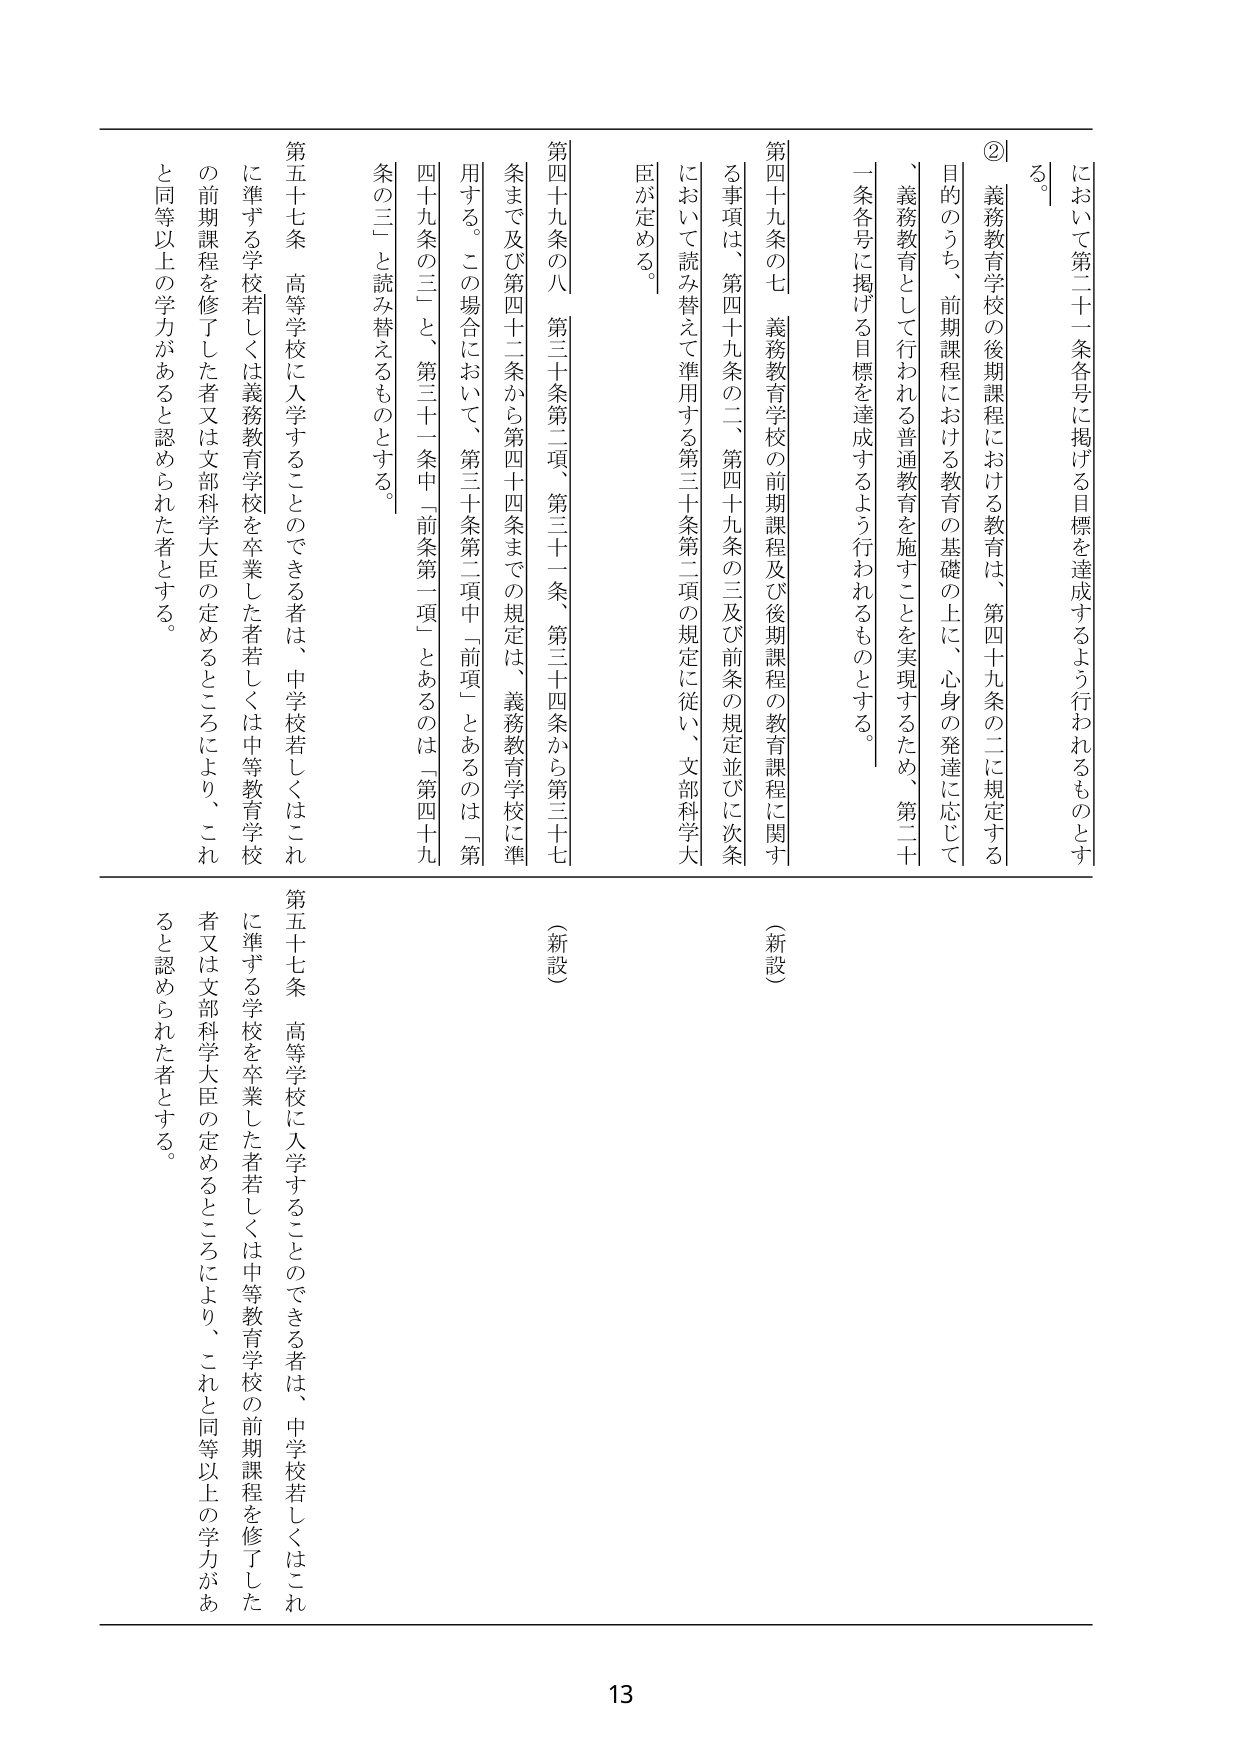
② 義務教育学校の後期課程における教育は、第四十九条の二に規定する目的のうち、前期課程における教育の基礎の上に、心身の発達に応じて、義務教育として行われる普通教育を施すことを実現するため、第二十一条各号に掲げる目標を達成するよう行われるものとする。

第四十九条の七 義務教育学校の前期課程及び後期課程の教育課程に関する事項は、第四十九条の二、第四十九条の三及び前条の規定並びに次条において読み替えて準用する第三十条第二項の規定に従い、文部科学大臣が定める。

第四十九条の八 第三十条第二項、第三十一条、第三十四条から第三十七条まで及び第四十二条から第四十四条までの規定は、義務教育学校に準用する。この場合において、第三十条第二項中「前項」とあるのは「第四十九条の三」と読み替えるものとする。

第五十七条 高等学校に入学することのできる者は、中学校若しくはこれに準ずる学校若しくは義務教育学校を卒業した者若しくは中等教育学校の前期課程を修了した者又は文部科学大臣の定めるところにより、これと同等以上の学力があると認められた者とする。

（新設）

第五十七条 高等学校に入学することのできる者は、中学校若しくはこれに準ずる学校を卒業した者若しくは中等教育学校の前期課程を修了した者又は文部科学大臣の定めるところにより、これと同等以上の学力があると認められた者とする。

13